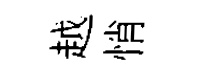
越悄